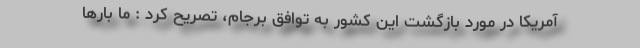
آمریکا در مورد بازگشت این کشور به توافق برجام، تصریح کرد : ما بارها